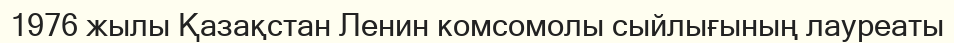
1976 жылы Қазақстан Ленин комсомолы сыйлығының лауреаты